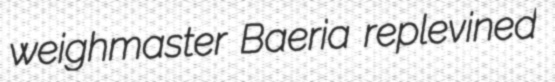
weighmaster Baeria replevined